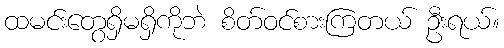
ထမင်းတွေရှိမရှိကိုဘဲ စိတ်ဝင်စားကြတယ် ဦးရယ်။